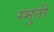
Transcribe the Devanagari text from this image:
स्मुती